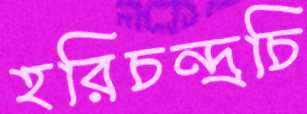
হরিচন্দ্রচি